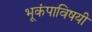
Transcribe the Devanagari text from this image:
भूकंपाविषयी